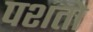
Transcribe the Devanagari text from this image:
पशतो